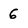
Character: 6